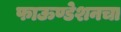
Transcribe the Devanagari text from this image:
फाऊण्डेशनचा